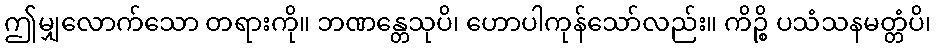
ဤမျှလောက်သော တရားကို။ ဘဏန္တေသုပိ၊ ဟောပါကုန်သော်လည်း။ ကိဉ္စိ ပသံသနမတ္တံပိ၊